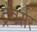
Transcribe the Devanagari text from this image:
ट्रैवर्सर